Leaving Certificate Examination (including Day School Certificate (Higher) General paper), 1934
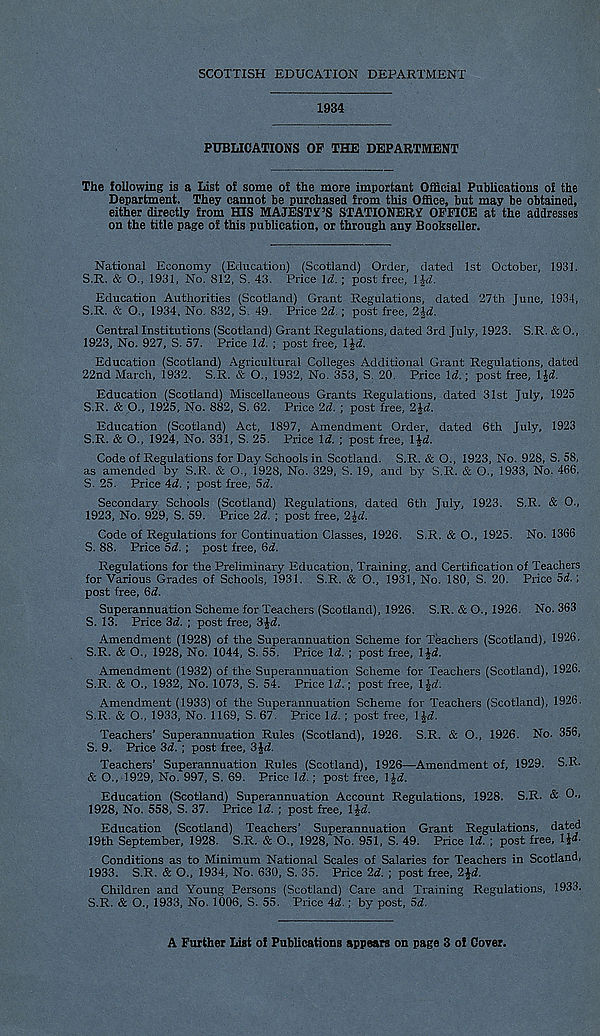
SCOTTISH EDUCATION DEPARTMENT
1934
PUBLICATIONS OP THE DEPARTMENT
The following is a List of some of the more important Official Publications of the
Department. They cannot be purchased from this Office, but may be obtained,
either directly from HIS MAJESTY’S STATIONERY OFFICE at the addresses
on the title page of this publication, or through any Bookseller.
National Economy (Education) (Scotland) Order, dated 1st October, 1931.
S.R. & O., 1931, No. S12, S. 43. Price \d.; post free, IJrf.
Education Authorities (Scotland) Grant Regulations, dated 27th June, 1934,
S.R. & O., 1934, No. 832, S. 49. Price 2d.; post free, 2Id.
Central Institutions (Scotland) Grant Regulations, dated 3rd July, 1923. S.R. & 0.,
1923, No. 927, S. 57. Price Id. ; post free, IJd.
Education (Scotland) Agricultural Colleges Additional Grant Regulations, dated
22nd March, 1932. S.R. & O., 1932, No. 353, S. 20. Price \d.\ post free, lid.
Education (Scotland) Miscellaneous Grants Regulations, dated 31st July, 1925
S.R. & O., 1925, No. 882, S. 62. Price 2d. ; post free, 2\d.
Education (Scotland) Act, 1897, Amendment Order, dated 6th July, 1923
S.R. & O., 1924, No. 331, S. 25. Price \d. ; post free, l^d.
Code of Regulations for Day Schools in Scotland. S.R. & O., 1923, No. 928, S. 58,
as amended by S.R. & O., 1928, No. 329, S. 19, and by S.R. & O., 1933, No. 466,
S. 25. Price 4d. ; post free, 5d.
Secondary Schools (Scotland) Regulations, dated 6th July, 1923. S.R. & 0.,
1923, No. 929, S. 59. Price 2d. ; post free, 2 Jd.
Code of Regulations for Continuation Classes, 1926. S.R. & O., 1925. No. 1366
S. 88. Price 5d. ; post free, 6d.
Regulations for the Preliminary Education, Training, and Certification of Teachers
for Various Grades of Schools, 1931. S.R. & O., 1931, No. 180, S. 20. Price 5d.;
post free, 6d.
Superannuation Scheme for Teachers (Scotland), 1926. S.R. & O., 1926. No. 363
S. 13. Price 3d. ; post free, 3\d.
Amendment (1928) of the Superannuation Scheme for Teachers (Scotland), 1926.
S.R. & O., 1928, No. 1044, S. 55. Price Id. ; post free, 1 Jd.
Amendment (1932) of the Superannuation Scheme for Teachers (Scotland), 1926.
S.R. & O., 1932, No. 1073, S. 54. Price Id.; post free, l^d.
Amendment (1933) of the Superannuation Scheme for Teachers (Scotland), 1926.
S.R. & O., 1933, No. 1169, S. 67. Price Id. ; post free, ll,d.
Teachers’ Superannuation Rules (Scotland), 1926. S.R. & O., 1926. No. 356,
S. 9. Price 3d. ; post free, '.i\d.
Teachers' Superannuation Rules (Scotland), 1926—Amendment of, 1929. S.R.
& O., 1929, No. 997, S. 69. Price Id.; post free, l |if.
Education (Scotland) Superannuation Account Regulations, 1928. S.R. & O"
1928, No. 558, S. 37. Price Id. ; post free, l%d.
Education (Scotland) Teachers’ Superannuation Grant Regulations, dated
19th September, 1928. S.R. & O., 1928, No. 951, S. 49. Price Id. ; post free, IJa-
Conditions as to Minimum National Scales of Salaries for Teachers in Scotland,
1933. S.R. & O., 1934, No. 630, S. 35. Price 2d. ; post free, 2Ji.
Children and Young Persons (Scotland) Care and Training Regulations, 1933.
S.R. & O., 1933, No. 1006, S. 55. Price 4d.; by post, 5d.
A Further List ol Publications appears on page 3 ol Cover.